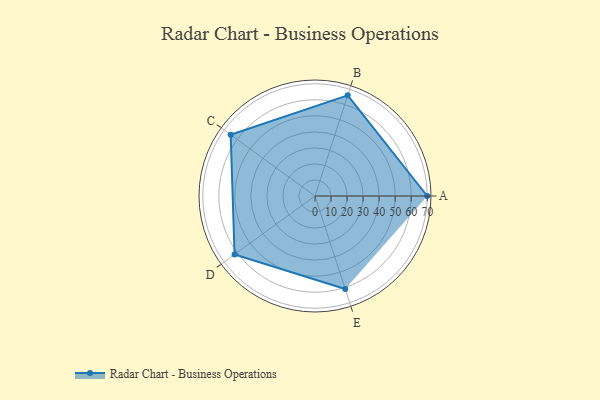
{"axis": {"x": "Skill", "y": "Score"}, "legend": ["Profile"], "data": [{"x": "A", "y": 70.0, "type": "Profile"}, {"x": "B", "y": 66.0, "type": "Profile"}, {"x": "C", "y": 65.0, "type": "Profile"}, {"x": "D", "y": 62.0, "type": "Profile"}, {"x": "E", "y": 61.0, "type": "Profile"}]}